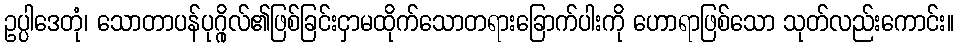
ဥပ္ပါဒေတုံ၊ သောတာပန်ပုဂ္ဂိုလ်၏ဖြစ်ခြင်းငှာမထိုက်သောတရားခြောက်ပါးကို ဟောရာဖြစ်သော သုတ်လည်းကောင်း။